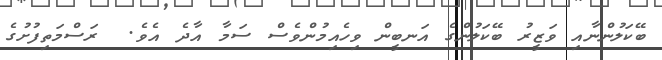
ބޭކަލުންނާއި ވަޒީރު ބޭކަލުންގެ އަނބީން ވިހެއިމުންވެސް ސަމާ އާދެ އެވެ.  ރަސްމަތިފުށުގެ